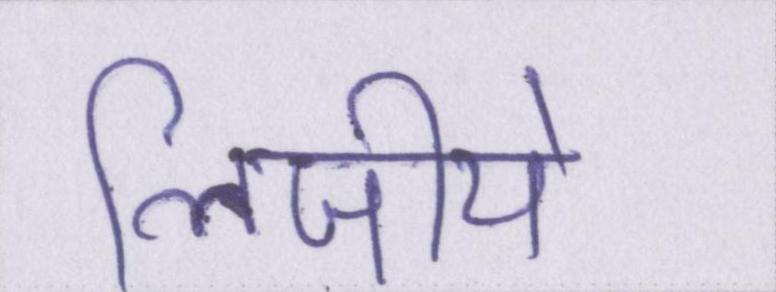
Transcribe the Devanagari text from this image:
लिजीये